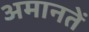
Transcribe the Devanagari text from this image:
अमानतें